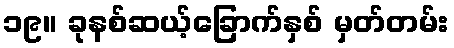
၁၉။ ခုနစ်ဆယ့်ခြောက်နှစ် မှတ်တမ်း